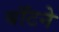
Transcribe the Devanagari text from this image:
बॉटने